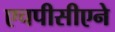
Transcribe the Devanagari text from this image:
एचपीसीएने